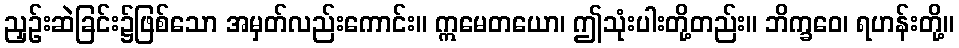
ညှဉ်းဆဲခြင်း၌ဖြစ်သော အမှတ်လည်းကောင်း။ ဣမေတယော၊ ဤသုံးပါးတို့တည်း။ ဘိက္ခဝေ၊ ရဟန်းတို့။